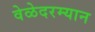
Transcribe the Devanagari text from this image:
वेळेदरम्यान